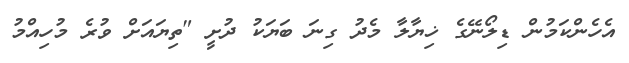
އެހެންކަމުން ޑިލޯނޭގެ ޚިޔާލާ މެދު ގިނަ ބަޔަކު ދުށީ "ތިޔައަށް ވުރެ މުހިއްމު